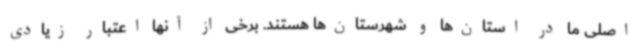
اصلی ما در استان‌ها و شهرستان‌ها هستند. برخی از آنها اعتبار زیادی